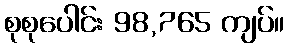
စုစုပေါင်း 98,765 ကျပ်။